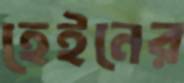
হেইনের